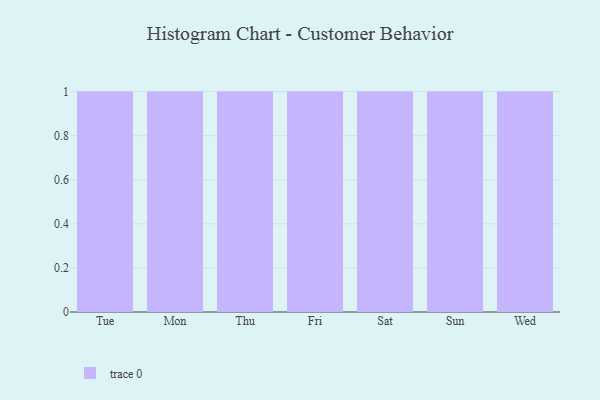
{"axis": {"x": "Day", "y": "Page Views"}, "legend": [""], "data": [{"x": "Tue", "y": 75, "type": ""}, {"x": "Mon", "y": 92, "type": ""}, {"x": "Thu", "y": 35, "type": ""}, {"x": "Fri", "y": 34, "type": ""}, {"x": "Sat", "y": 100, "type": ""}, {"x": "Sun", "y": 100, "type": ""}, {"x": "Wed", "y": 73, "type": ""}]}